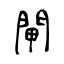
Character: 閘